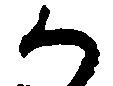
か